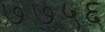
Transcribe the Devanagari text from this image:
७७५६